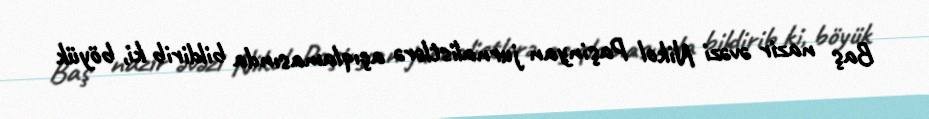
Baş nazir əvəzi Nikol Paşinyan jurnalistlərə açıqlamasında bildirib ki, böyük